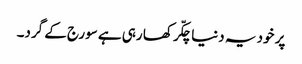
پر خود یہ دنیا چکّر کھا رہی ہے سورج کے گرد۔